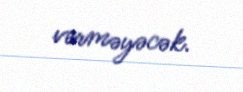
verməyəcək.